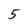
Character: 5